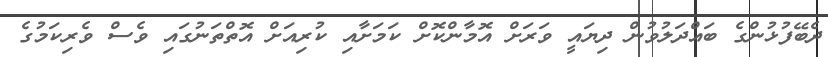
ދެބޭފުޅުންގެ ބައްދަލުވުން ދިޔައީ ވަރަށް އޮމާންކޮށް ކަމަށާއި ކުރިއަށް އޮތްތަނުގައި ވެސް ވެރިކަމުގެ